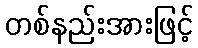
တစ်နည်းအားဖြင့်